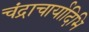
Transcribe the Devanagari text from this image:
चंद्राचार्यादिभि